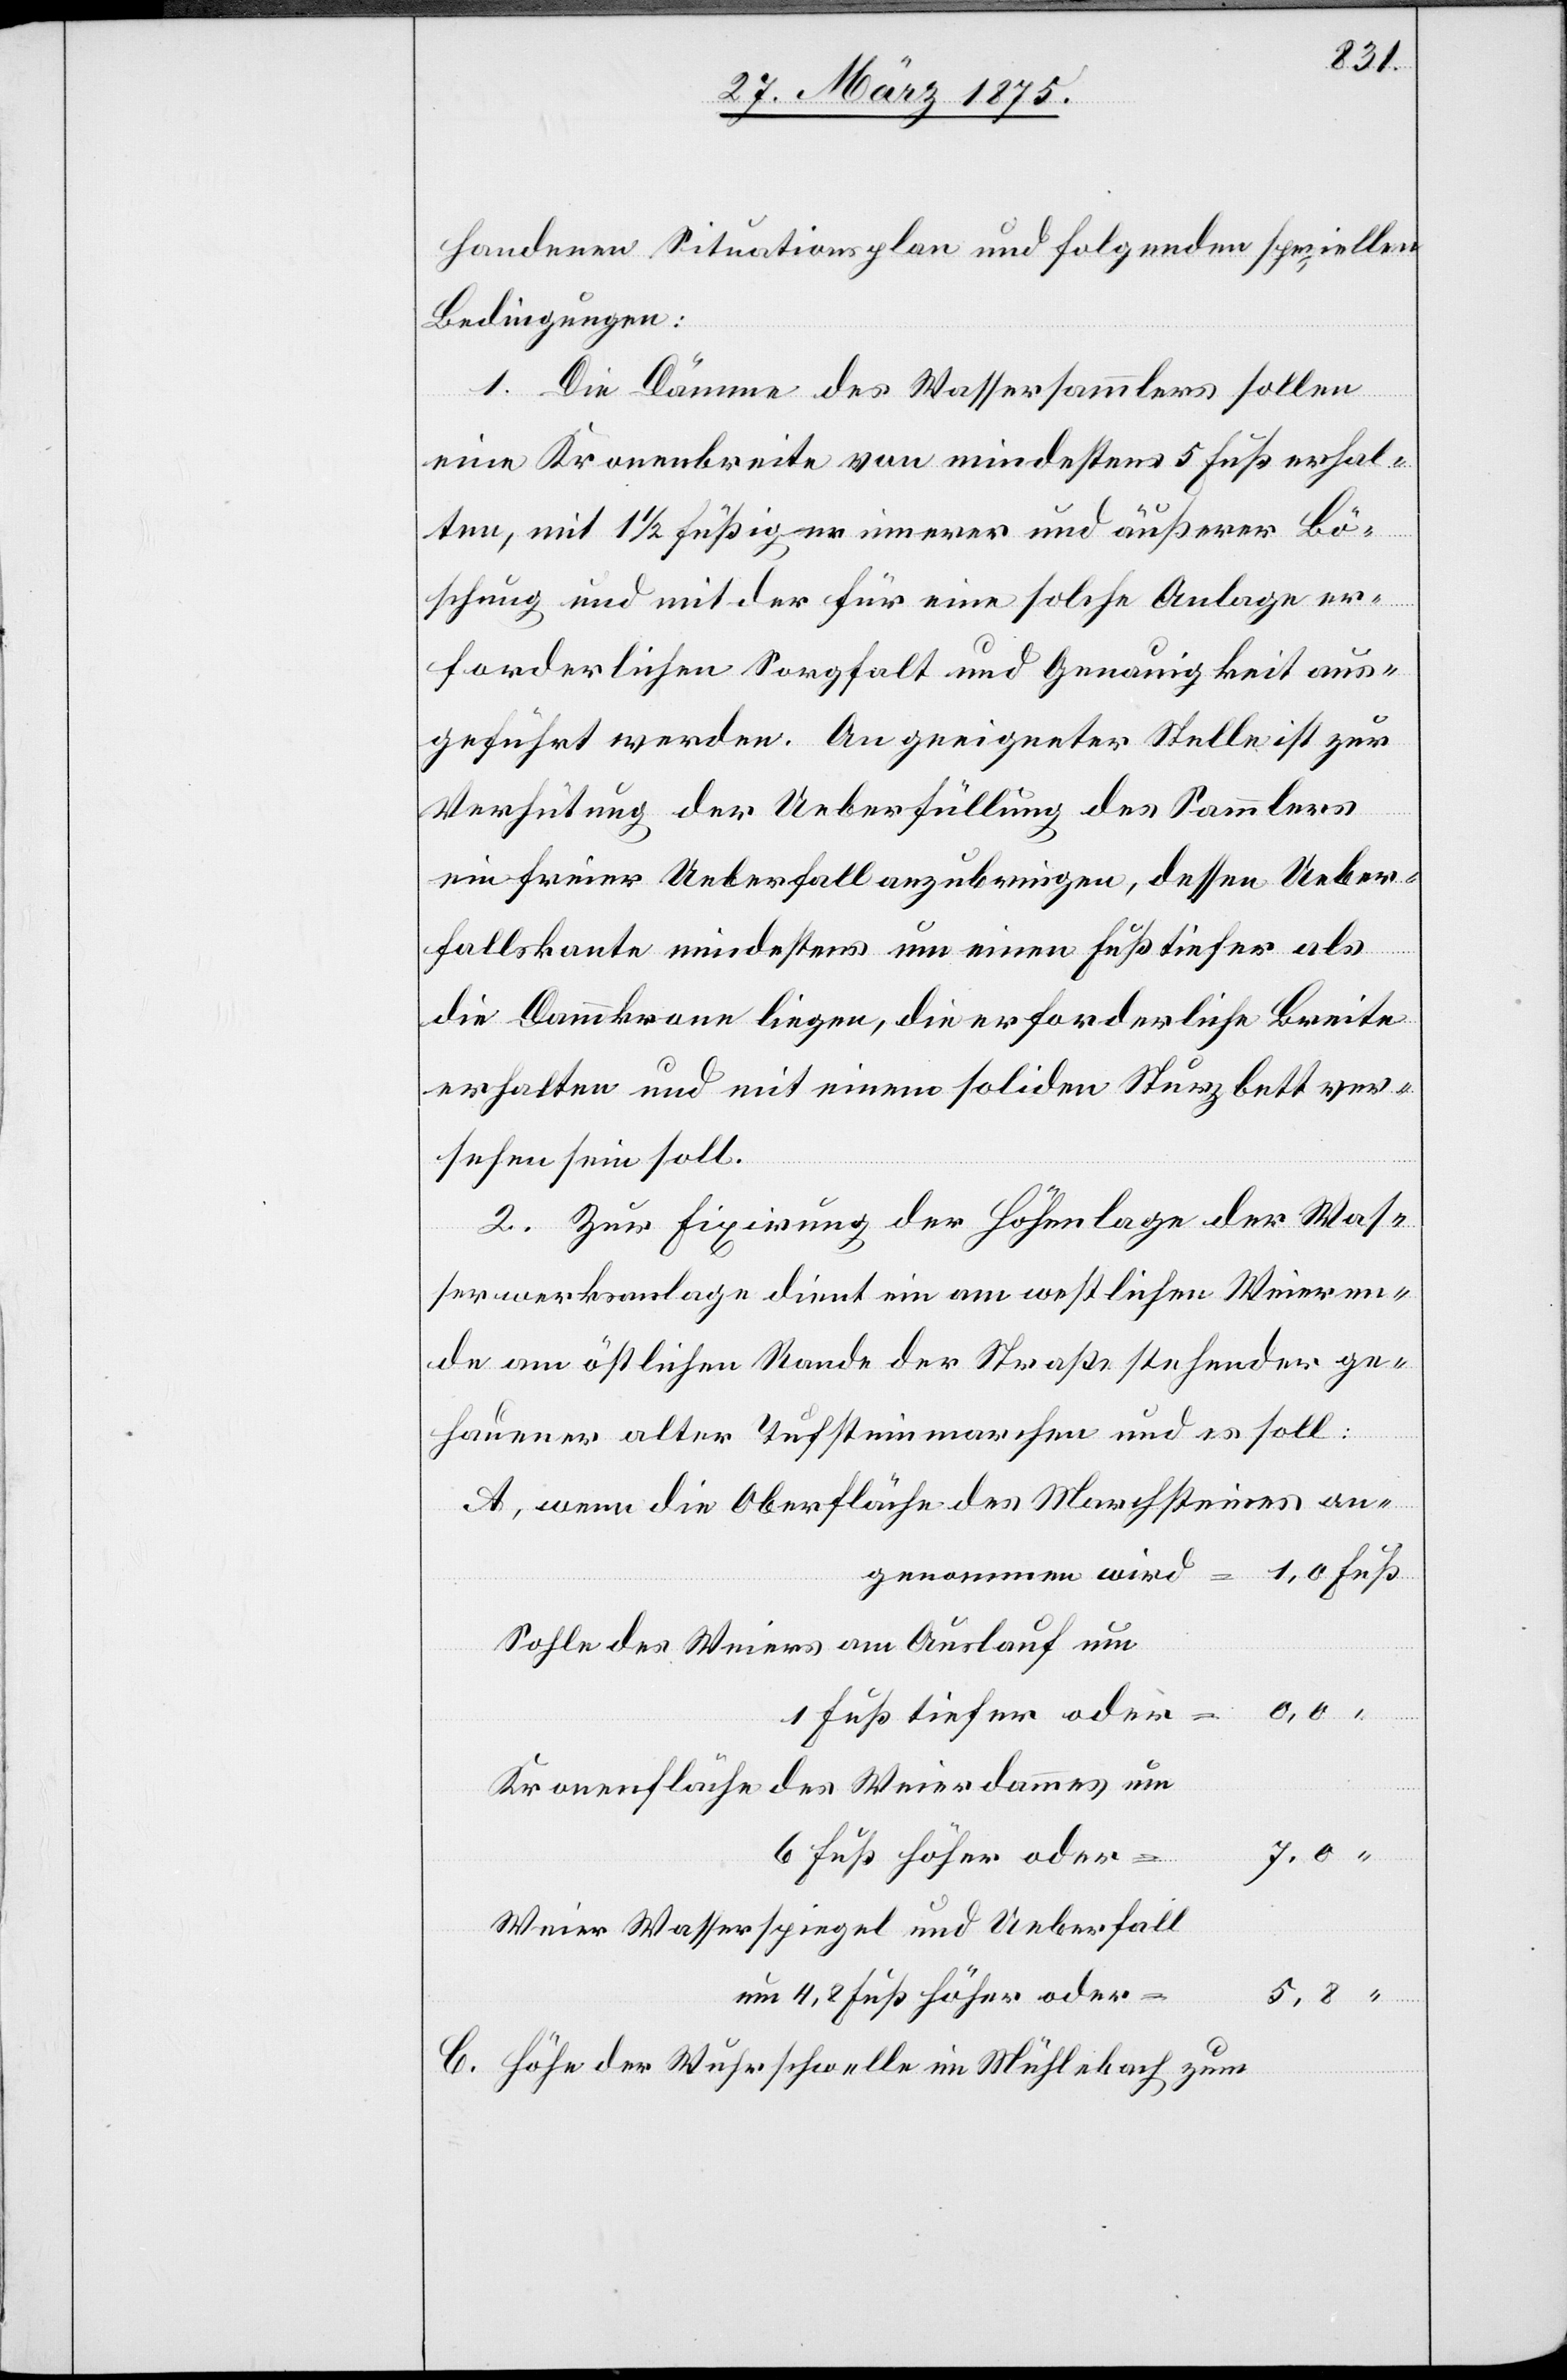
handenen Situationsplan und folgenden speziellen
Bedingungen:
1. Die Dämme der Wassersammlers sollen
eine Kronenbreite von mindestens 5 Fuß erhal¬
ten, mit 1½ füßiger innerer und äußerer Bö¬
schung und mit der für eine solche Anlage er¬
forderlichen Sorgfalt und Genauigkeit aus¬
geführt werden. An geeigneter Stelle ist zur
Verhütung der Ueberfüllung des Sammlers
ein freier Ueberfall anzubringen, dessen Ueber¬
fallkante mindestens um einen Fuß tiefer als
die Dammkrone liegen, die erforderliche Breit
erhalten und mit einem soliden Sturzbett ver¬
sehen sein soll.
2. Zur Fixirung der Höhenlage der Was¬
serwerkanlage dient ein am westlichen Weieren¬
de am östlichen Rande der Straße stehender ge¬
hauener alter Tufsteinmarchen und es soll:
wenn die Oberfläche des Marchsteines an¬
genommen wird
Sohle des Weiers am Auslauf um
1 Fuß tiefer oder
Kronenfläche des Weierdammes um
6 Fuß höher oder
Weier Wasserspiegel und Ueberfall
um 4,2 Fuß höher oder
Höhe der Wuhrschwelle im Mühlebach zum